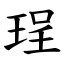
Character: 珵